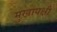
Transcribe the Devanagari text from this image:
मुखापक्षी